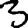
Digit: 3